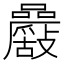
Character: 𡅾